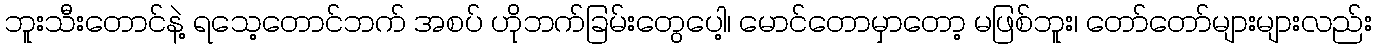
ဘူးသီးတောင်နဲ့ ရသေ့တောင်ဘက် အစပ် ဟိုဘက်ခြမ်းတွေပေါ့၊ မောင်တောမှာတော့ မဖြစ်ဘူး၊ တော်တော်များများလည်း